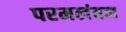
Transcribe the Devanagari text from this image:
परमलंबन